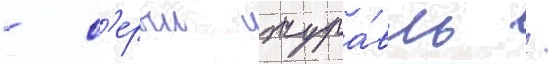
- с'ерыи жура́вль /